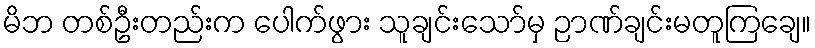
မိဘ တစ်ဦးတည်းက ပေါက်ဖွား သူချင်းသော်မှ ဉာဏ်ချင်းမတူကြချေ။